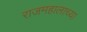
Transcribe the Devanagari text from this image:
राजमहालाच्या